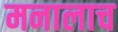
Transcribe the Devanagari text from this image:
मनालाच